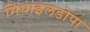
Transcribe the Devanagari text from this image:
मिथाइलडोपा